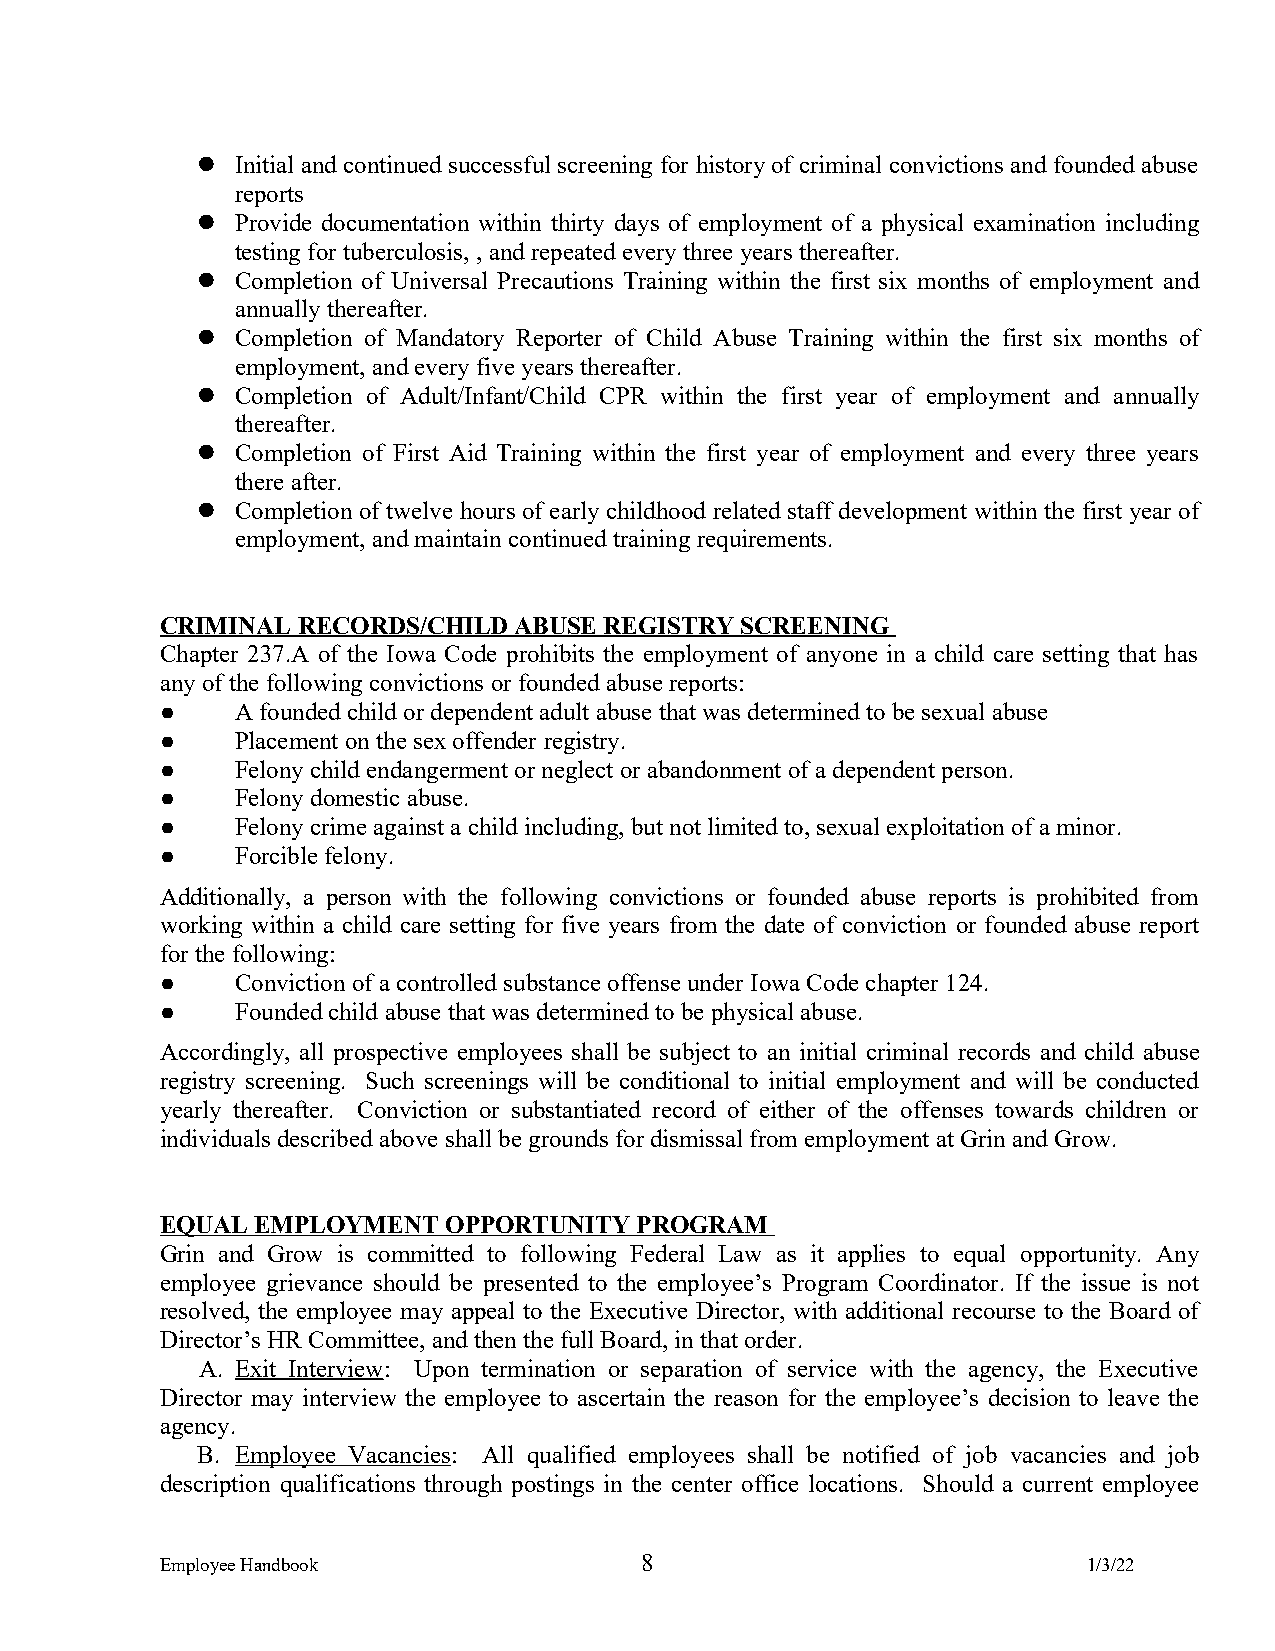
  Initial and continued successful screening for history of criminal convictions and founded abuse
 reports
   Provide documentation within thirty days of employment of a physical examination including
 testing for tuberculosis, , and repeated every three years thereafter.
   Completion of Universal Precautions Training within the first six months of employment and
 annually thereafter.
   Completion of Mandatory Reporter of Child Abuse Training within the first six months of
 employment, and every five years thereafter.
   Completion of Adult/Infant/Child CPR within the first year of employment and annually
 thereafter.
   Completion of First Aid Training within the first year of employment and every three years
 there after.
   Completion of twelve hours of early childhood related staff development within the first year of
 employment, and maintain continued training requirements.
 CRIMINAL RECORDS/CHILD ABUSE REGISTRY SCREENING
 Chapter 237.A of the Iowa Code prohibits the employment of anyone in a child care setting that has
 any of the following convictions or founded abuse reports:
 ●    A founded child or dependent adult abuse that was determined to be sexual abuse
 ●    Placement on the sex offender registry.
 ●    Felony child endangerment or neglect or abandonment of a dependent person.
 ●    Felony domestic abuse.
 ●    Felony crime against a child including, but not limited to, sexual exploitation of a minor.
 ●    Forcible felony.
 Additionally, a person with the following convictions or founded abuse reports is prohibited from
 working within a child care setting for five years from the date of conviction or founded abuse report
 for the following:
 ●    Conviction of a controlled substance offense under Iowa Code chapter 124.
 ●    Founded child abuse that was determined to be physical abuse.
 Accordingly, all prospective employees shall be subject to an initial criminal records and child abuse
 registry screening. Such screenings will be conditional to initial employment and will be conducted
 yearly thereafter. Conviction or substantiated record of either of the offenses towards children or
 individuals described above shall be grounds for dismissal from employment at Grin and Grow.
 EQUAL EMPLOYMENT  OPPORTUNITY  PROGRAM
 Grin and Grow is committed to following Federal Law as it applies to equal opportunity. Any
 employee grievance should be presented to the employee’s Program Coordinator. If the issue is not
 resolved, the employee may appeal to the Executive Director, with additional recourse to the Board of
 Director’s HR Committee, and then the full Board, in that order.
 A. Exit Interview: Upon termination or separation of service with the agency, the Executive
 Director may interview the employee to ascertain the reason for the employee’s decision to leave the
 agency.
 B. Employee Vacancies: All qualified employees shall be notified of job vacancies and job
 description qualifications through postings in the center office locations. Should a current employee
 Employee Handbook              8                             1/3/22